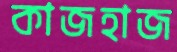
কাজহাজ